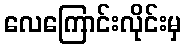
လေကြောင်းလိုင်းမှ